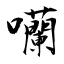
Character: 囒